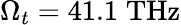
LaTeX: \Omega_{t}=41.1\; \mathrm{THz}